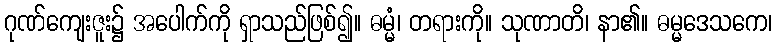
ဂုဏ်ကျေးဇူး၌ အပေါက်ကို ရှာသည်ဖြစ်၍။ ဓမ္မံ၊ တရားကို။ သုဏာတိ၊ နာ၏။ ဓမ္မဒေသကေ၊